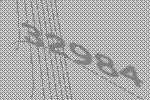
32984